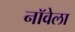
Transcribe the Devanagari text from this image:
नॉवेला